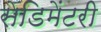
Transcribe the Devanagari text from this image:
सेडिमेंटरी